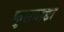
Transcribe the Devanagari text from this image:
कुलवाड़ा